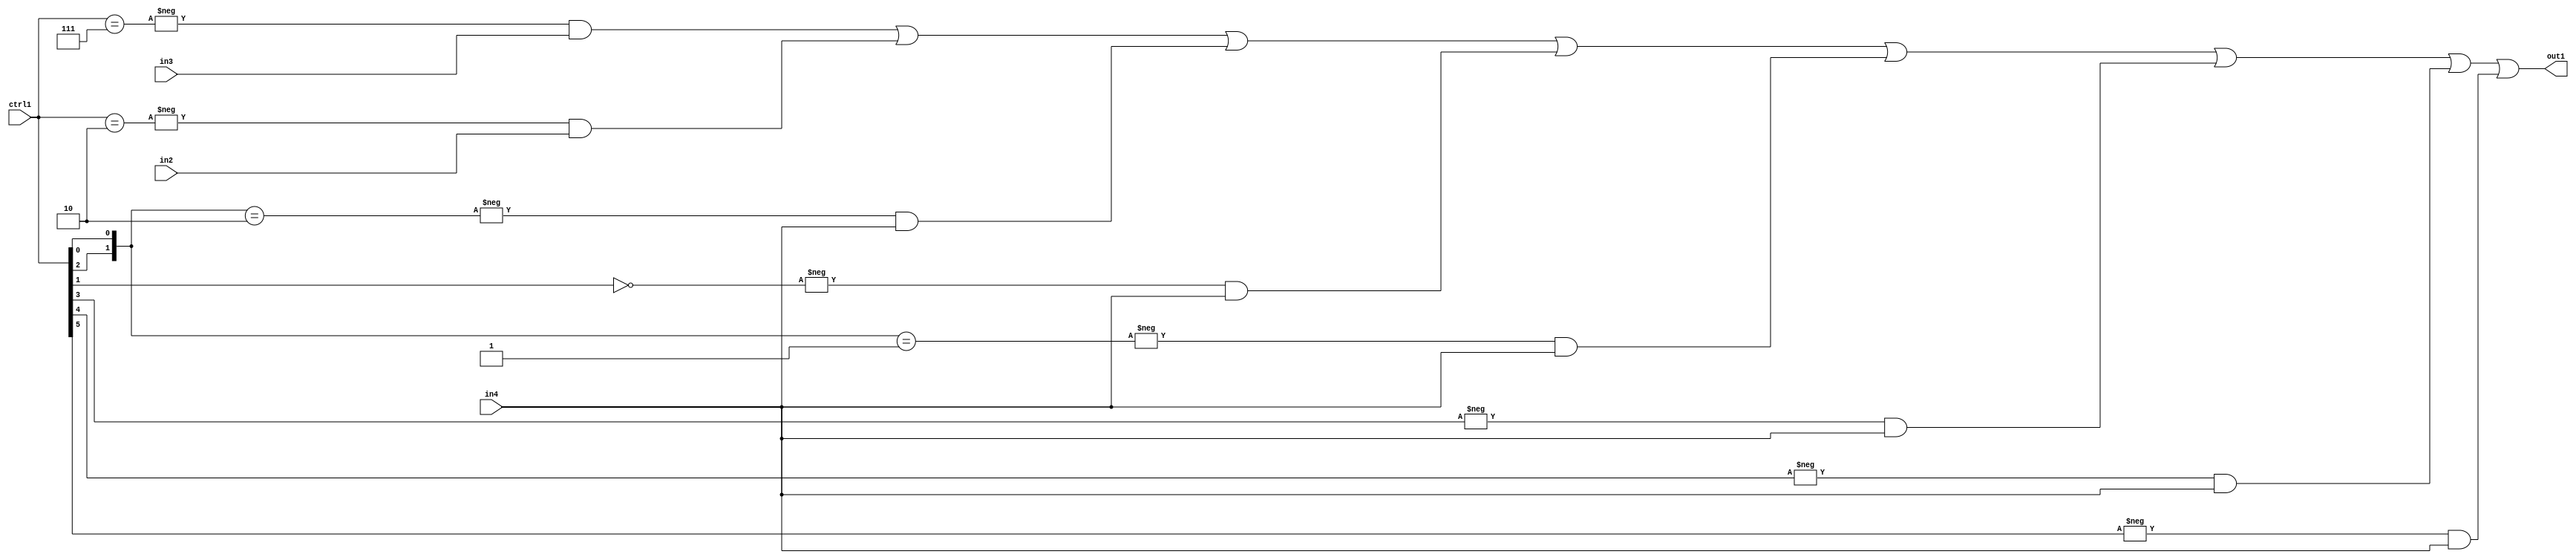
`timescale 1ps / 1ps
/*****************************************************************************
    Verilog RTL Description
    
    
    Created by: Stratus DpOpt 21.05.01 
*******************************************************************************/

module SobelFilter_N_Mux_32_3_95_4 (
	in4,
	in3,
	in2,
	ctrl1,
	out1
	); /* architecture "behavioural" */ 
input [31:0] in4;
input [8:0] in3,
	in2;
input [5:0] ctrl1;
output [31:0] out1;
wire [31:0] asc001;

assign asc001 = 
	-{ctrl1 == 6'B000111} & in3 |
	-{ctrl1 == 6'B000010} & in2 |
	-{{ctrl1[2], ctrl1[0]} == 2'B10} & in4 |
	-{ctrl1[1] == 1'B0} & in4 |
	-{{ctrl1[2], ctrl1[0]} == 2'B01} & in4 |
	-{ctrl1[3] == 1'B1} & in4 |
	-{ctrl1[4] == 1'B1} & in4 |
	-{ctrl1[5] == 1'B1} & in4 ;

assign out1 = asc001;
endmodule

/* CADENCE  vrDwSw8= : u9/ySxbfrwZIxEzHVQQV8Q== ** DO NOT EDIT THIS LINE ******/